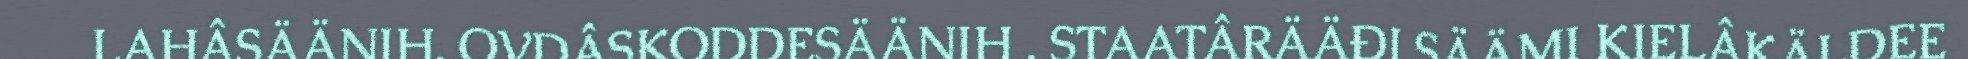
LAHÂSÄÄNIH. OVDÂSKODDESÄÄNIH . STAATÂRÄÄĐI SÄÄMI KIELÂKÄLDEE